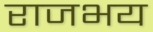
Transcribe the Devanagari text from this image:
राजभय